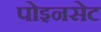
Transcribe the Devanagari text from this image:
पोइनसेट